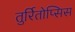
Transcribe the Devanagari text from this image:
तुर्रितोप्सिस